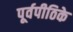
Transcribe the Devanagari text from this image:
पूर्वपीठिके